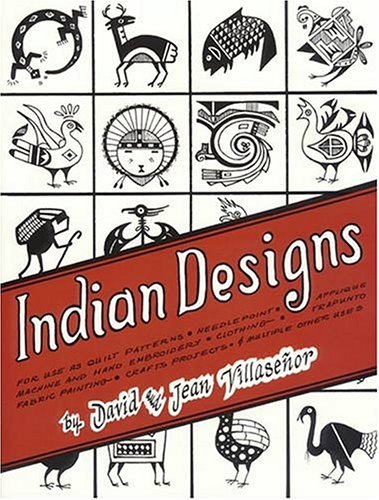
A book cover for Indian Designs (Native American); David Villasenor; Crafts, Hobbies & Home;